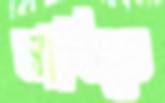
মাছিতে